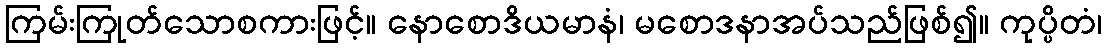
ကြမ်းကြုတ်သောစကားဖြင့်။ နောစောဒိယမာနံ၊ မစောဒနာအပ်သည်ဖြစ်၍။ ကုပ္ပိတံ၊